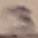
Text: 3